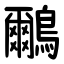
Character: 鸍